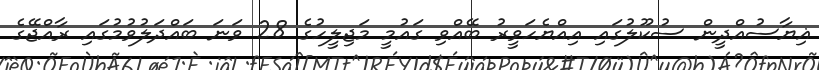
ޣިޔާސުއްދީން ސުކޫލުގައި އިއްޔެހަވީރު ބޭއްވި ގައުމީ މަޖިލީހުގެ 28 ވަނަ ބައްދަލުވުމުގައި ރާއްޖޭގެ